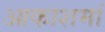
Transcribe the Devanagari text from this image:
आकाशमां